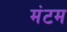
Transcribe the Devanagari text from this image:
मंटम